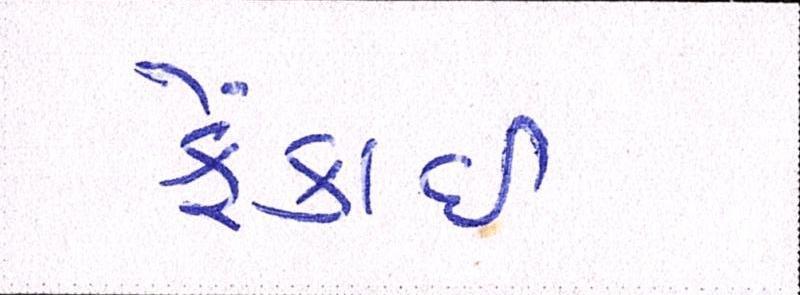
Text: ફેંકાઈ